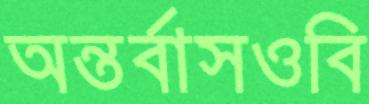
অন্তর্বাসওবি